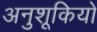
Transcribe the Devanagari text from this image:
अनुशूकियों